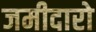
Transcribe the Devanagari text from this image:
जमीदारो